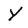
Character: Y